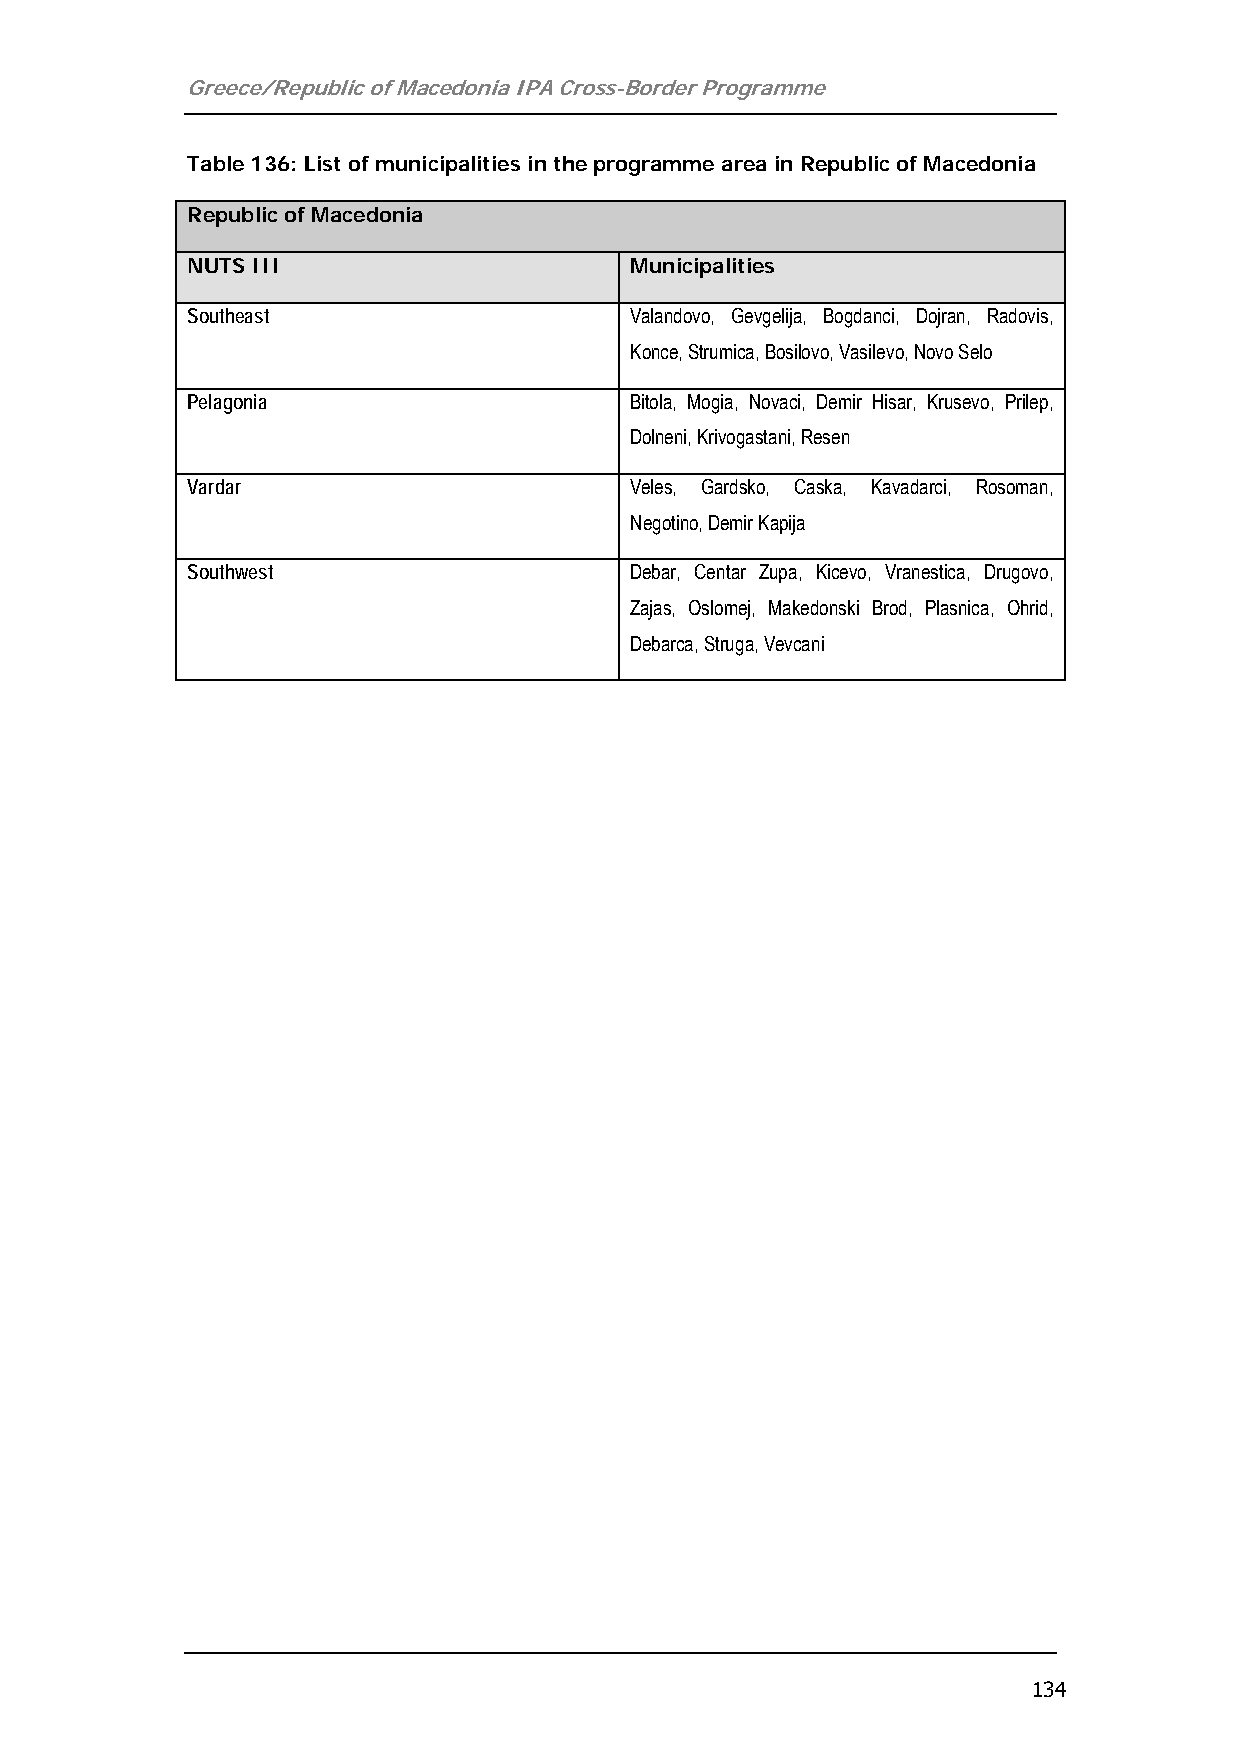
Greece/Republic of Macedonia IPA Cross-Border Programme
 Table 136: List of municipalities in the programme area in Republic of Macedonia
 Republic of Macedonia
 NUTS III                      Municipalities
 Southeast                     Valandovo, Gevgelija, Bogdanci, Dojran, Radovis,
 Konce, Strumica, Bosilovo, Vasilevo, Novo Selo
 Pelagonia                     Bitola, Mogia, Novaci, Demir Hisar, Krusevo, Prilep,
 Dolneni, Krivogastani, Resen
 Vardar                        Veles, Gardsko, Caska, Kavadarci, Rosoman,
 Negotino, Demir Kapija
 Southwest                     Debar, Centar Zupa, Kicevo, Vranestica, Drugovo,
 Zajas, Oslomej, Makedonski Brod, Plasnica, Ohrid,
 Debarca, Struga, Vevcani
 134